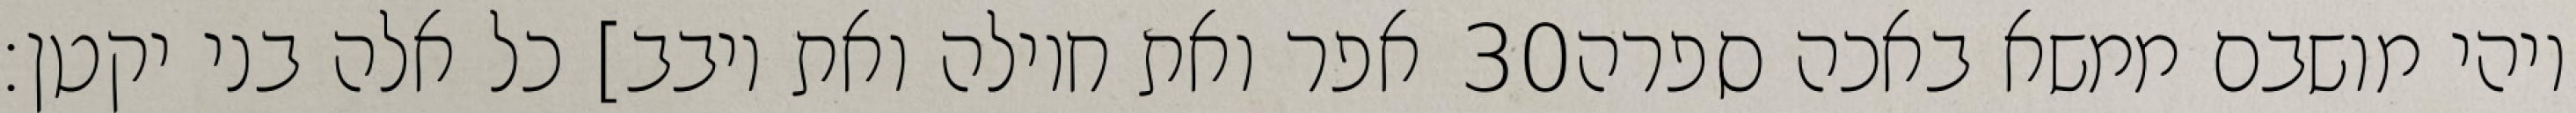
אפר ואת חוילה ואת יובב] כל אלה בני יקטן׃ ‎30‏ ויהי מושבם ממשא באכה ספרה